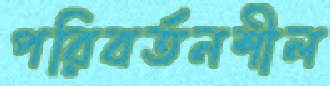
পরিবর্তনশীল